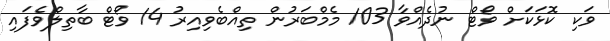
ވަކި ކޮޅަކަށް ވޯޓް ނުދެއްވާ 103 މެމްބަރުން ތިއްބެވިއިރު 14 ވޯޓް ބާތިލްވެފައި